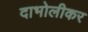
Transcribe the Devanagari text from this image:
दाभोलीकर